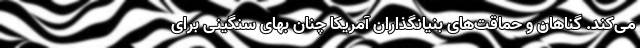
می‌کند. گناهان و حماقت‌های بنیانگذاران آمریکا چنان بهای سنگینی برای